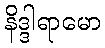
နိဒ္ဒါရာမော